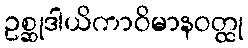
ဥစ္ဆုဒါယိကာဝိမာနဝတ္ထု